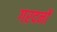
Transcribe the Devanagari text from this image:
गरदनों